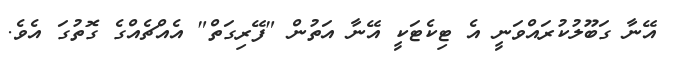
އޭނާ ގަބޫލުކުރައްވަނީ އެ ޓިކެޓަކީ އޭނާ އަތުން "ފޭރިގަތް" އެއްޗެއްގެ ގޮތުގަ އެވެ.